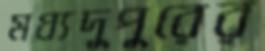
মধ্যদুপুরের